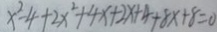
x ^ { 2 } - 4 + 2 x ^ { 2 } + 4 x + 2 x + 4 + 8 x + 8 = 0